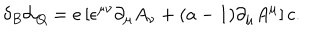
\delta _ { B } { \cal L } _ { \mathrm { Q } } = e \left[ \epsilon ^ { \mu \nu } \partial _ { \mu } A _ { \nu } + ( a - 1 ) \partial _ { \mu } A ^ { \mu } \right] c .